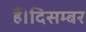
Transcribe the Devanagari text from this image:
हैं।दिसम्बर